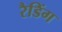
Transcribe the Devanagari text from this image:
रैडिंग